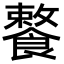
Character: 𩞕